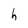
Character: h